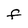
Character: F